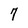
Character: 7